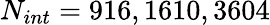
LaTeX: N_{int}=916,1610,3604